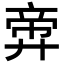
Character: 𪪶